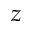
z